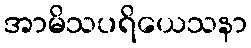
အာမိသပရိယေသနာ